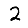
Digit: 2